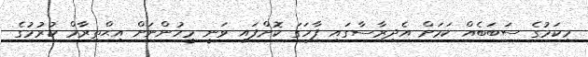
މިކަމުގެ ސަބަބެއް ކަމަށް އެދިރާސާގައި ފާހަގަ ކޮށްފައި ވަނީ މީހުންނަށް އިޙްތިރާމް ކުރުމުގެ